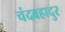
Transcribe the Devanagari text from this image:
चंदबहादुर